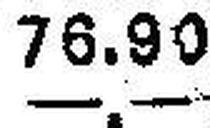
—.—